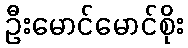
ဦးမောင်မောင်စိုး